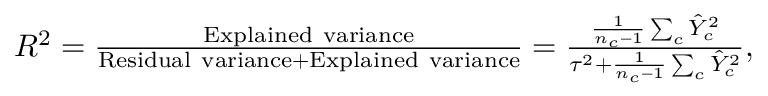
\begin{array} { r } { R ^ { 2 } = \frac { \mathrm { E x p l a i n e d ~ v a r i a n c e } } { \mathrm { R e s i d u a l ~ v a r i a n c e } + \mathrm { E x p l a i n e d ~ v a r i a n c e } } = \frac { \frac { 1 } { n _ { c } - 1 } \sum _ { c } \hat { Y } _ { c } ^ { 2 } } { \tau ^ { 2 } + \frac { 1 } { n _ { c } - 1 } \sum _ { c } \hat { Y } _ { c } ^ { 2 } } , } \end{array}